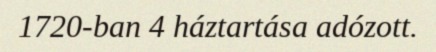
1720-ban 4 háztartása adózott.